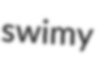
swimy